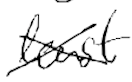
Text: least
Cross-out: cross
Writing tool: digital_black